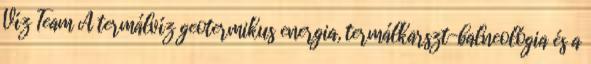
Víz Team A termálvíz geotermikus energia, termálkarszt-balneológia és a